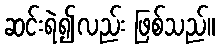
ဆင်းရဲ၍လည်း ဖြစ်သည်။